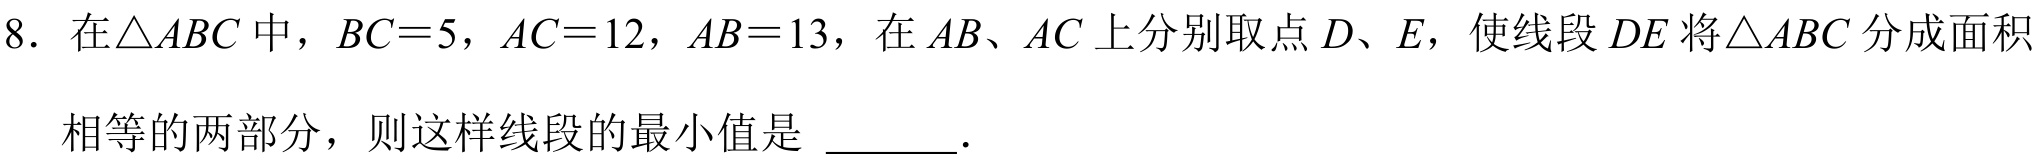
8. 在\(\triangle ABC\)中，\(BC = 5\)，\(AC = 12\)，\(AB = 13\)，在\(AB\)、\(AC\)上分别取点\(D\)、\(E\)，使线段\(DE\)将\(\triangle ABC\)分成面积
相等的两部分，则这样线段的最小值是  ．